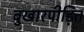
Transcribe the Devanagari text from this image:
बुखारपीड़ित